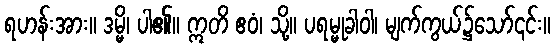
ရဟန်းအား။ ဒမ္မိ၊ ပါ၏။ ဣတိ ဧဝံ၊ သို့။ ပရမ္မုခါဝါ၊ မျက်ကွယ်၌သော်၎င်း။